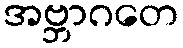
အဗ္ဘာဂတေ